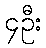
၄ဦး